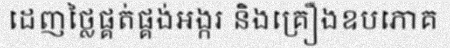
ដេញថ្លៃផ្គត់ផ្គង់អង្ករ និងគ្រឿងឧបភោគ